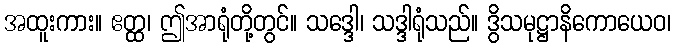
အထူးကား။ ဧတ္ထ၊ ဤအာရုံတို့တွင်။ သဒ္ဒေါ၊ သဒ္ဒါရုံသည်။ ဒွိသမုဋ္ဌာနိကောယေဝ၊